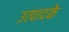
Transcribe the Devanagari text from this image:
उत्पादके